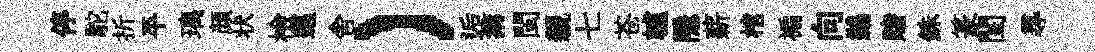
停駝折平璃顔状檢邁舎）逅搆閩親七苍轤隠薪棺褊向鷀賭銖篆閨𡬶